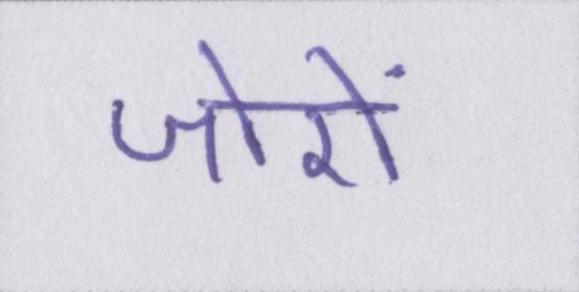
जोरों